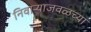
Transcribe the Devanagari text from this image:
निवाऱ्याजवळच्या